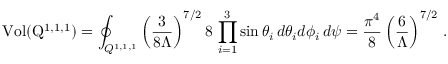
\mathrm { V o l ( Q ^ { 1 , 1 , 1 } ) } = \oint _ { Q ^ { 1 , 1 , 1 } } \left( \frac { 3 } { 8 \Lambda } \right) ^ { 7 / 2 } 8 \, \prod _ { i = 1 } ^ { 3 } \sin \theta _ { i } \, d \theta _ { i } d \phi _ { i } \, d \psi = \frac { \pi ^ { 4 } } { 8 } \left( \frac { 6 } { \Lambda } \right) ^ { 7 / 2 } \, .